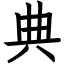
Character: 典